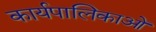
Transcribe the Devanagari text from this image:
कार्यपालिकाओं